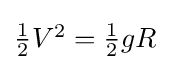
{\textstyle {\frac {1}{2}}V^{2}={\frac {1}{2}}gR}